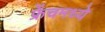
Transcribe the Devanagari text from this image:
फ्रेंचमध्ये